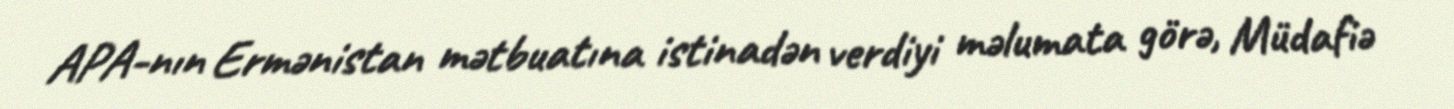
APA-nın Ermənistan mətbuatına istinadən verdiyi məlumata görə, Müdafiə